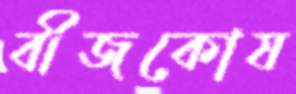
বীজকোষ